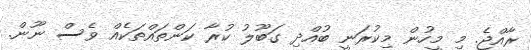
ރާއްޖެ. މި މީހުން މިކުރަނީ ބުއްދި ގަބޫލު ކުރާ ކަންތައްތަކެއް ވެސް ނޫން.